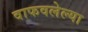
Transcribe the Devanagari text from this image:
वाफवलेल्या